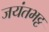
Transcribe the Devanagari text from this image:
जयंतभट्ट